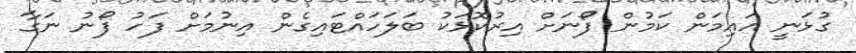
ގުޅަނީ އައިމަން ކަމުން ފޯނަށް އިރުކޮޅަކު ބަލަހައްޓައިގެން އިނުމަށް ފަހު ފޯނު ނަގާ